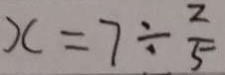
x = 7 \div \frac { 2 } { 5 }